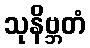
သုနိဗ္ဘတံ